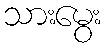
သားမွေး